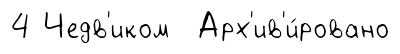
4 Чедв'иком Арх'ив'и́ровано